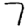
Digit: 7